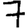
Digit: 7